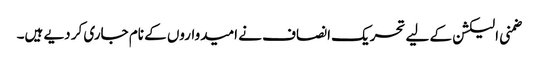
ضمنی الیکشن کے لیے تحریک انصاف نے امیدواروں کے نام جاری کر دیے ہیں۔